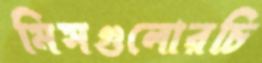
মিসগুলোরচি